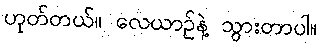
ဟုတ်တယ်။ လေယာဉ်နဲ့ သွားတာပါ။